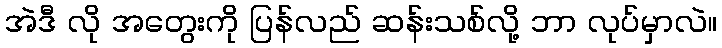
အဲဒီ လို အတွေးကို ပြန်လည် ဆန်းသစ်လို့ ဘာ လုပ်မှာလဲ။